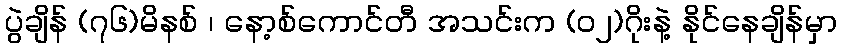
ပွဲချိန် (၇၆)မိနစ် ၊ နော့စ်ကောင်တီ အသင်းက (ဝ၂)ဂိုးနဲ့ နိုင်နေချိန်မှာ